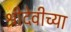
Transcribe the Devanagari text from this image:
श्रीदेवीच्या